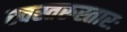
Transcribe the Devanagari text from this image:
स्वस्तरुस्तारः